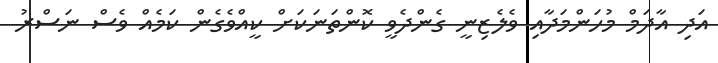
އަދި އާދަމް މުހަންމަދާއި ވެލެޒިނީ ގެންދެވީ ކޮންތަނަކަށް ކީއްވެގެން ކަމެއް ވެސް ނަސްރު